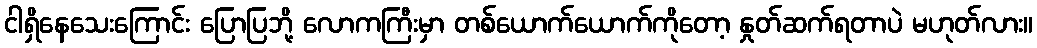
ငါရှိနေသေးကြောင်း ပြောပြဘို့ လောကကြီးမှာ တစ်ယောက်ယောက်ကိုတော့ နှုတ်ဆက်ရတာပဲ မဟုတ်လား။